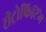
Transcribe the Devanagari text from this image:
रीट्रोफिटिंग